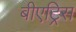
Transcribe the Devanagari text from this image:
बीएट्रिस